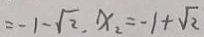
= - 1 - \sqrt { 2 } , x _ { 2 } = - 1 + \sqrt { 2 }